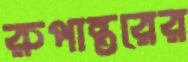
রুপান্তরের